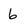
Character: 6